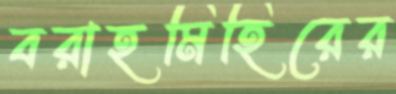
বরাহমিহিরের